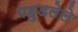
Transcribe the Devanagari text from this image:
पहुडलेले